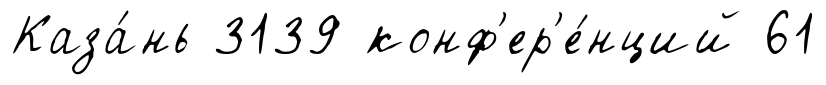
Каза́нь 3139 конф'ер'е́нций 61